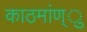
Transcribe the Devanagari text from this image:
काठमांण्ु